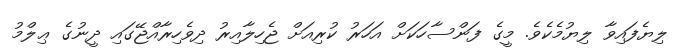
ލިޔެފައިވާ ލިޔުމެކެވެ. މީގެ ފަންސާހަކަށް އަހަރު ކުރިއަށް ޖެހިލާއިރު ދިވެހިރާއްޖޭގައި ދީނުގެ ޢިލްމު